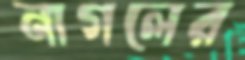
নাগলের